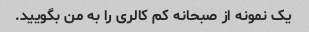
یک نمونه از صبحانه کم کالری را به من بگویید.